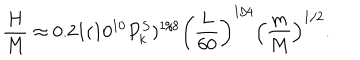
{ \frac { H } { M } } \approx 0 . 2 1 ( 1 0 ^ { 1 0 } P _ { k } ^ { S } ) ^ { 1 / 8 } \left( { \frac { L } { 6 0 } } \right) ^ { 1 / 4 } \left( { \frac { m } { M } } \right) ^ { 1 / 2 } .